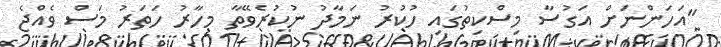
"އަހަންނަށް އަގުސާ މިސްކިތުގައި ހުކުރު ނަމާދު ނުކުރެވޭތާ މިހާރު ހަތަރު މަސް ވެއްޖެ